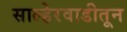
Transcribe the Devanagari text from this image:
साल्हेरवाडीतून